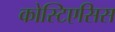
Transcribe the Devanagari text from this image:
कोस्टिएसिस